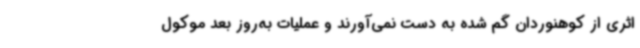
اثری از کوهنوردان گم شده به دست نمی‌آورند و عملیات به‌روز بعد موکول